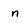
Character: n